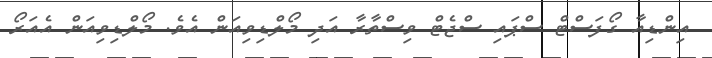
އިންޑިއާ ގޯފަސްޓް ސްޕައި ސްޖެޓް ވިސްތާރާ އަދި މޯލްޑިވިއަން އެވެ. މޯލްޑިވިއަން އެއަރޯ